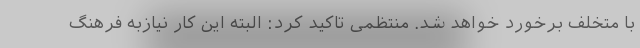
با متخلف برخورد خواهد شد. منتظمی تاکید کرد: البته این کار نیازبه فرهنگ